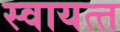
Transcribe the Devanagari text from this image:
स्‍वायत्‍त